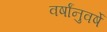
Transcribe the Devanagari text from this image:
वर्षांनुवर्षे